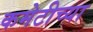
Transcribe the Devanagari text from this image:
कमेटीच्या